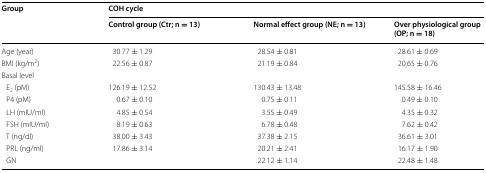
| <ROWSPAN=2-COLSPAN=2> Group | <COLSPAN=3> COH cycle |
 | Control group (Ctr; n = 13) | Normal effect group (NE; n = 13) | Over physiological group (OP; n = 18) |
 | --- | --- | --- | --- | --- |
 | <COLSPAN=2> Age (year) | 30.77 ± 1.29 | 28.54 ± 0.81 | 28.61 ± 0.69 |
 | <COLSPAN=2> BMI (kg/m2) | 22.56 ± 0.87 | 21.19 ± 0.84 | 20.65 ± 0.76 |
 | <COLSPAN=5> Basal level |
 | <COLSPAN=2> E2 (pM) | 126.19 ± 12.52 | 130.43 ± 13.48 | 145.58 ± 16.46 |
 | <COLSPAN=2> P4 (pM) | 0.67 ± 0.10 | 0.75 ± 0.11 | 0.49 ± 0.10 |
 | <COLSPAN=2> LH (mIU/ml) | 4.85 ± 0.54 | 3.55 ± 0.49 | 4.35 ± 0.32 |
 | <COLSPAN=2> FSH (mIU/ml) | 8.19 ± 0.63 | 6.78 ± 0.48 | 7.62 ± 0.42 |
 | <COLSPAN=2> T (ng/dl) | 38.00 ± 3.43 | 37.38 ± 2.15 | 36.61 ± 3.01 |
 | <COLSPAN=2> PRL (ng/ml) | 17.86 ± 3.14 | 20.21 ± 2.41 | 16.17 ± 1.90 |
 | <COLSPAN=2> GN |  | 22.12 ± 1.14 | 22.48 ± 1.48 |